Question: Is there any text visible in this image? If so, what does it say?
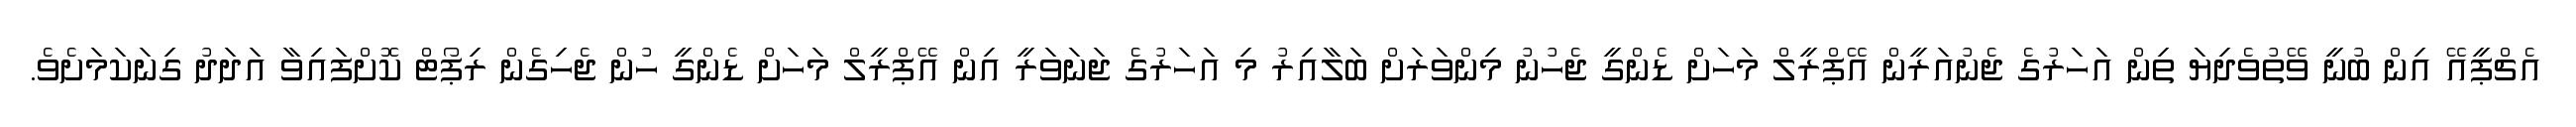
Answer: އެޗްޕީއޭ އިން ބުނީ ވޭތުވެދިޔަ ތިން އަހަރުގެ ޖެނުއަރީން އޭޕްރީލް މަހަށް ޑެންގީ ޖެހުނު މިންވަރަށް ބަލާއިރު މި އަހަރުގެ ޖަނަވަރީ އިން އޭޕްރީލް މަހަށް ޑެންގީ ހުން ޖެހިގެން ރިޕޯޓް ކޮށްފައިވާ އަދަދު ގިނަކަމަށެވެ.